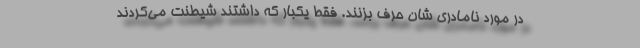
در مورد نامادری شان حرف بزنند. فقط یکبار که داشتند شیطنت می‌کردند